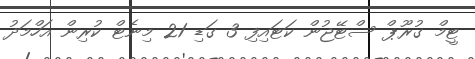
ޓީމް ގުރޫޕް ސްޓޭޖުން ކަޓައިފި 3 ގަޑި 21 މިނެޓް ކުރިން އަހްމަދު